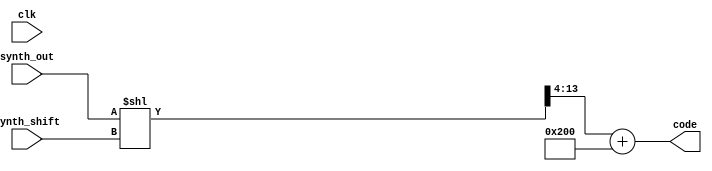
module scaler (
    input clk,
    input [4:0] synth_shift, // left shift applied to synth_out before truncation and unsigned reranging
    input [13:0] synth_out, // 2s complement signed number
    output [9:0] code // unsigned number
);
    wire [13:0] synth_out_shifted;
    assign synth_out_shifted = synth_out << synth_shift;
    wire [10:0] synth_out_sign_ext;
    assign synth_out_sign_ext = {synth_out_shifted[13], synth_out_shifted[13:4]};
    wire [10:0] synth_out_balanced;
    assign synth_out_balanced = synth_out_sign_ext + 11'd512;
    assign code = synth_out_balanced[9:0];
endmodule